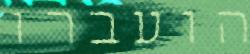
הועברו